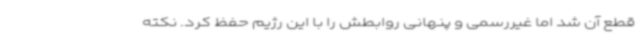
قطع آن شد اما غیررسمی و پنهانی روابطش را با این رژیم حفظ کرد. نکته